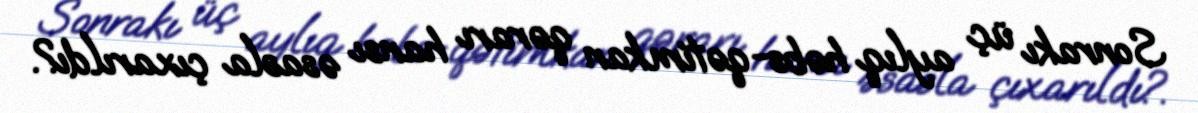
Sonrakı üç aylıq həbs-qətimkan qərarı hansı əsasla çıxarıldı?.